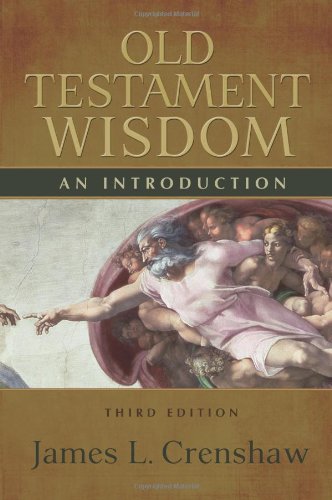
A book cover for Old Testament Wisdom, Third Edition: An Introduction; James L. Crenshaw; Christian Books & Bibles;